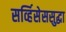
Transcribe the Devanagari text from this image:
सर्व्हिसेससुद्धा